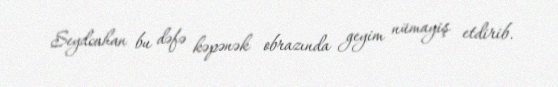
Seydcahan bu dəfə kəpənək obrazında geyim nümayiş etdirib.